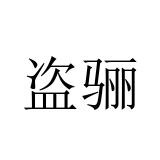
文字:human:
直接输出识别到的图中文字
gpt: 盗骊